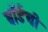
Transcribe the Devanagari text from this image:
वॉर्डची